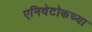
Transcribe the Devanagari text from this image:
एनिवेटोकच्या